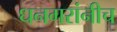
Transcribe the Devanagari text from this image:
धनगरांनीच